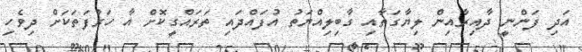
އަދި ފަންނީ ދާއިރާއިން ލިޔާގަތާއި ގާބިލިއްޔަތު އުފައްދައި ތަރައްގީކޮށް އާ ހަރުފަތަކަށް ދިވެހި